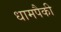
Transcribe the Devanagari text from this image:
धामपैकी